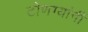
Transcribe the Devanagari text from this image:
टोणग्यांनीं